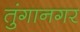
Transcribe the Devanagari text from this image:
तुंगानगर